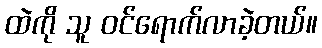
ထဲကို သူ ဝင်ရောက်လာခဲ့တယ်။